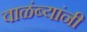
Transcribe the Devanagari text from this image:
वाळंब्यांनी